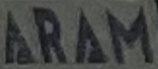
ARAM